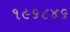
૧૯૬૮૪૬